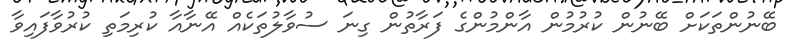
ބޭނުންތަކަށް ބޭނުން ކުރުމުން އާންމުންގެ ފަރާތުން ގިނަ ސުވާލުތަކެއް އޭނާއާ ކުރިމަތި ކުރުވާފައިވާ